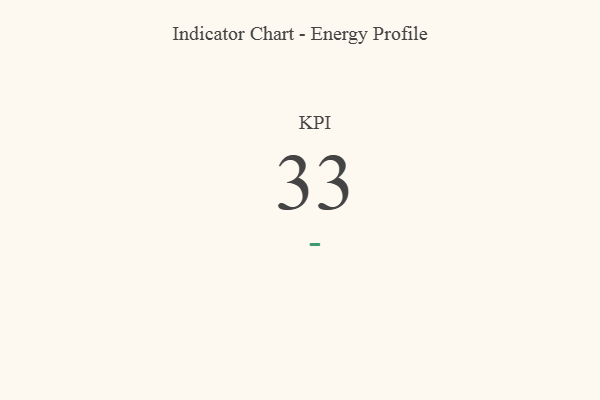
{"axis": {"x": "KPI", "y": "Value"}, "legend": [""], "data": [{"x": "KPI", "y": 33, "type": ""}]}